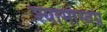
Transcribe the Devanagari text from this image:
श्यामास्वप्न